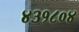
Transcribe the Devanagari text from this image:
४३१८०४